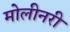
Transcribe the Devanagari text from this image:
मोलीनरी